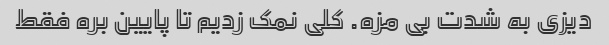
دیزی به شدت بی مزه. کلی نمک زدیم تا پایین بره فقط